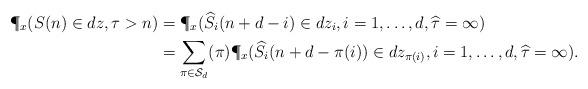
LaTeX: \begin{align*} \P_x(S(n)\in dz,\tau>n) &=\P_x(\widehat S_i(n+d-i)\in dz_i,i=1,\ldots,d,\widehat \tau=\infty) \\ &=\sum_{\pi\in\mathcal S_d} (\pi) \P_x(\widehat S_i(n+d-\pi(i))\in dz_{\pi(i)}, i=1,\ldots, d, \widehat \tau=\infty). \end{align*}